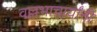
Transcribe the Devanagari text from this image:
वल्लभाचार्यांनी